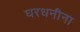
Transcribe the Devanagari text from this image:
घरधनीना